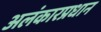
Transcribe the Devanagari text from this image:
अलंकारप्रधान